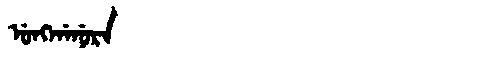
Manchu: ᡠᠩᡤᠠᠨᡠᡵᠠ
Romanization: UNGGANURA